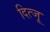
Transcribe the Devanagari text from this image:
दित्जू